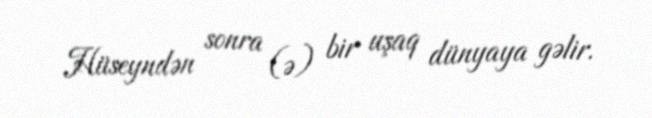
Hüseyndən sonra (ə) bir uşaq dünyaya gəlir.